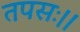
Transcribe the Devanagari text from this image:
तपसः।।